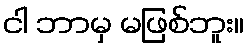
ငါ ဘာမှ မဖြစ်ဘူး။